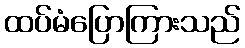
ထပ်မံပြောကြားသည်